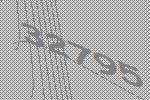
32795